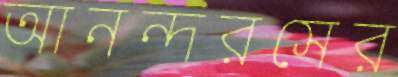
আনন্দরসের